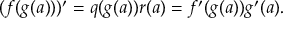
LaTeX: ( f ( g ( a ) ) ) ^ { \prime } = q ( g ( a ) ) r ( a ) = f ^ { \prime } ( g ( a ) ) g ^ { \prime } ( a ) .